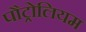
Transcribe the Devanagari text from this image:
पौट्रोलियम